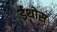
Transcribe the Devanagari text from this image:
ईथोस